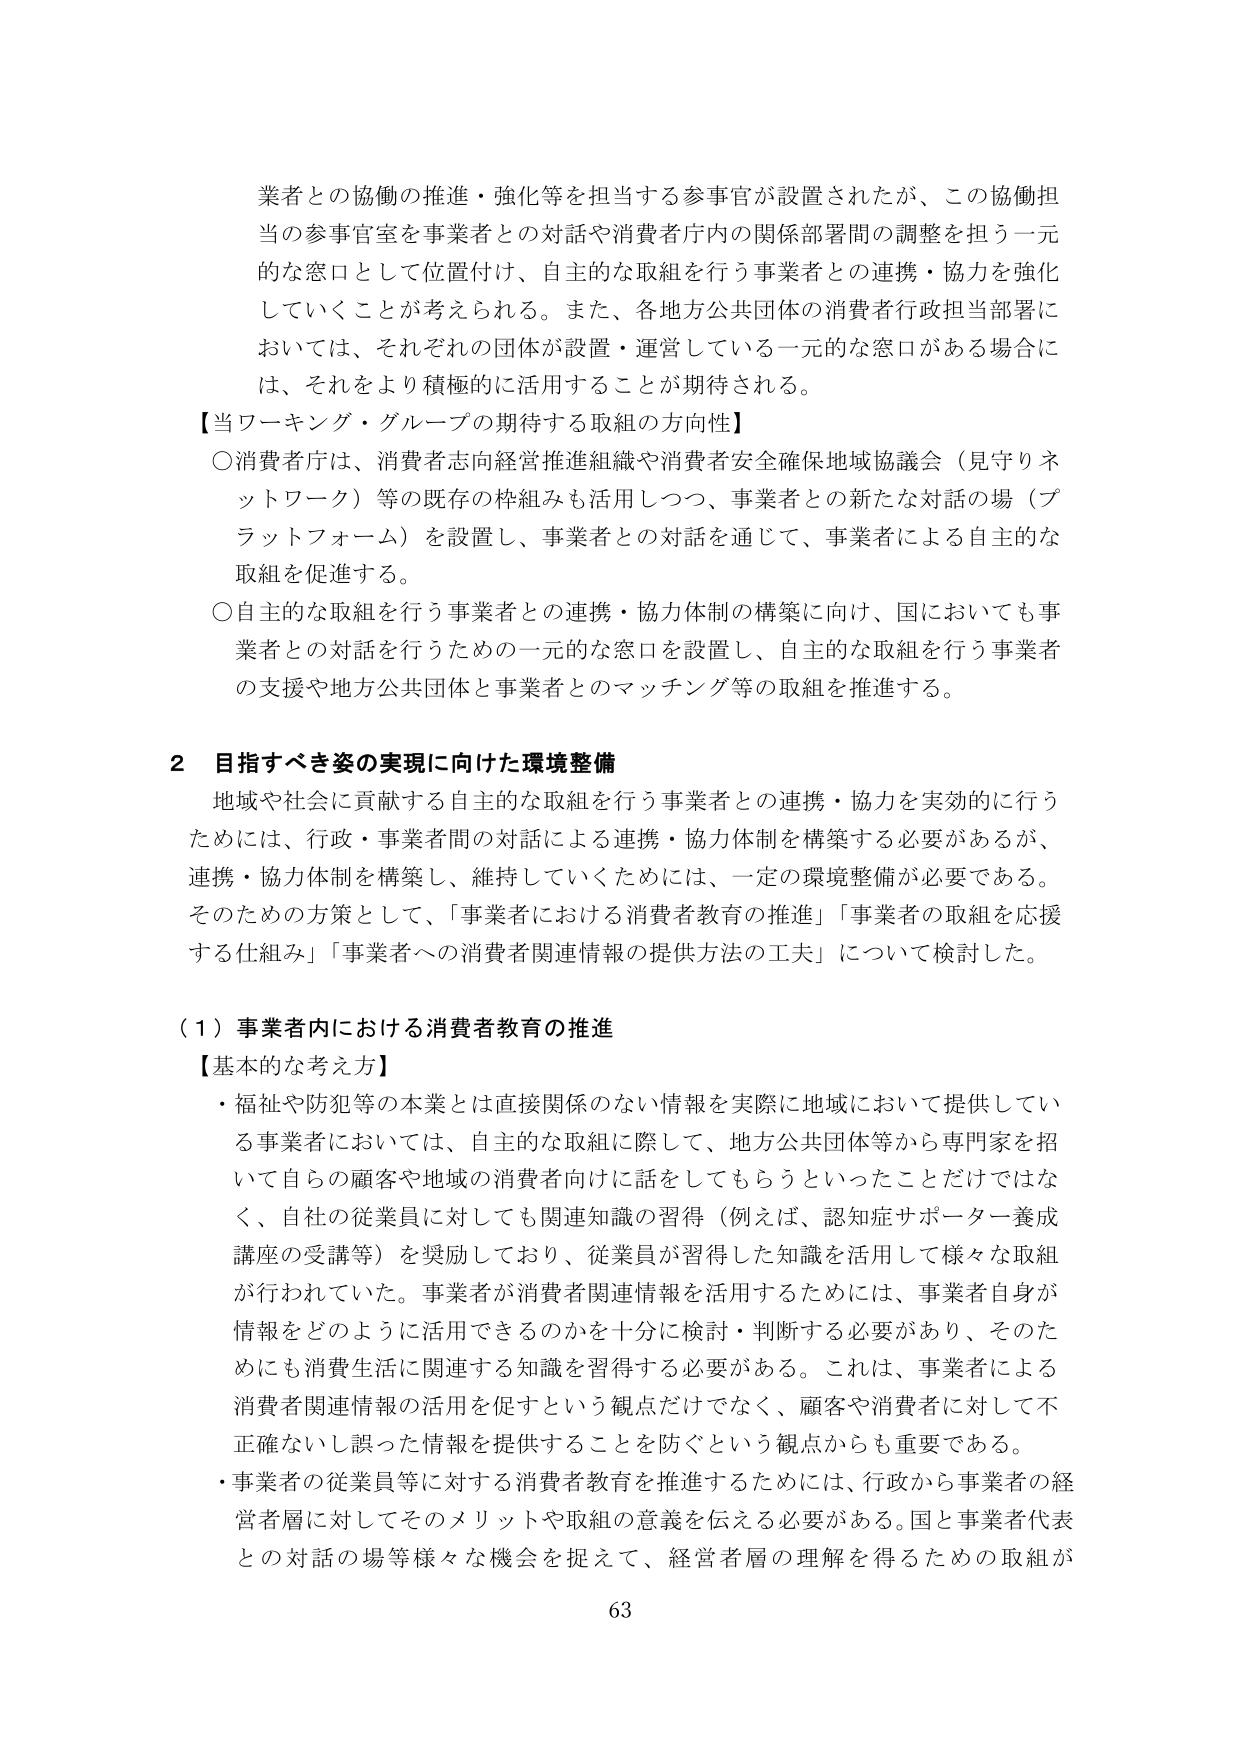
業者との協働の推進・強化等を担当する参事官が設置されたが、この協働担当の参事官室を事業者との対話や消費者庁内の関係部署間の調整を担う一元的な窓口として位置付け、自主的な取組を行う事業者との連携・協力を強化していくことが考えられる。また、各地方公共団体の消費者行政担当部署においては、それぞれの団体が設置・運営している一元的な窓口がある場合には、それをより積極的に活用することが期待される。

【当ワーキング・グループの期待する取組の方向性】

○消費者庁は、消費者志向経営推進組織や消費者安全確保地域協議会（見守りネットワーク）等の既存の枠組みも活用しつつ、事業者との新たな対話の場（プラットフォーム）を設置し、事業者との対話を通じて、事業者による自主的な取組を促進する。

○自主的な取組を行う事業者との連携・協力体制の構築に向け、国においても事業者との対話を行うための一元的な窓口を設置し、自主的な取組を行う事業者の支援や地方公共団体と事業者とのマッチング等の取組を推進する。

2 目指すべき姿の実現に向けた環境整備

地域や社会に貢献する自主的な取組を行う事業者との連携・協力を実効的に行うためには、行政・事業者間の対話による連携・協力体制を構築する必要があるが、連携・協力体制を構築し、維持していくためには、一定の環境整備が必要である。そのための方策として、「事業者における消費者教育の推進」「事業者の取組を応援する仕組み」「事業者への消費者関連情報の提供方法の工夫」について検討した。

（1）事業者内における消費者教育の推進

【基本的な考え方】

・福祉や防犯等の本業とは直接関係のない情報を実際に地域において提供している事業者においては、自主的な取組に際して、地方公共団体等から専門家を招いて自らの顧客や地域の消費者向けに話をしてもらうといったことだけではなく、自社の従業員に対しても関連知識の習得（例えば、認知症サポーター養成講座の受講等）を奨励しており、従業員が習得した知識を活用して様々な取組が行われていた。事業者が消費者関連情報を活用するためには、事業者自身が情報をどのように活用できるのかを十分に検討・判断する必要があり、そのためにも消費生活に関連する知識を習得する必要がある。これは、事業者による消費者関連情報の活用を促すという観点だけでなく、顧客や消費者に対して不正確ないし誤った情報を提供することを防ぐという観点からも重要である。

・事業者の従業員等に対する消費者教育を推進するためには、行政から事業者の経営者層に対してそのメリットや取組の意義を伝える必要がある。国と事業者代表との対話の場等様々な機会を捉えて、経営者層の理解を得るための取組が

63